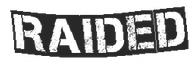
RAIDED